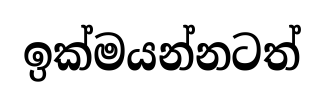
ඉක්මයන්නටත්